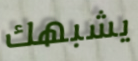
يشبهك